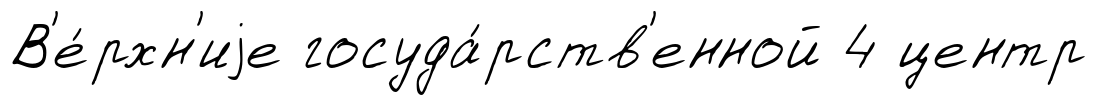
В'е́рхн'иjе госуда́рств'енной 4 центр